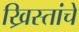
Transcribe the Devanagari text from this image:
ख्रिस्तांचे